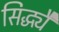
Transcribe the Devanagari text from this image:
सिद्ध्यै